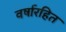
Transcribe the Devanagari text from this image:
वर्षारहित